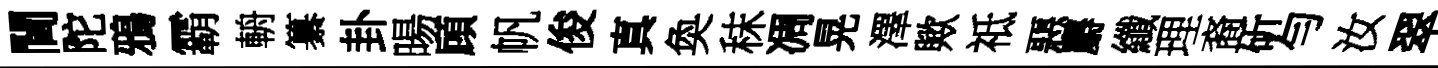
閫陀鴉霸輈纂卦暘頋帆俊真奐秣凋晃澤歟祗惡麝纖理裔斫勻汝翠